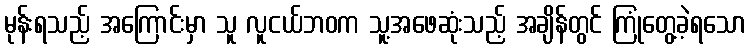
မုန်းရသည့် အကြောင်းမှာ သူ လူငယ်ဘဝက သူ့အဖေဆုံးသည့် အချိန်တွင် ကြုံတွေ့ခဲ့ရသော